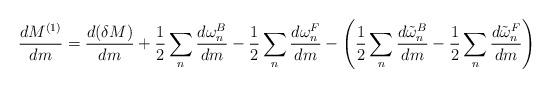
LaTeX: \begin{align*}{dM^{(1)}\over dm} = {d(\delta M)\over dm} + {1\over2}\sum_n {d\omega^B_n \over dm}- {1\over2}\sum_n{d\omega^F_n\over dm} - \left({1\over2}\sum_n {d\tilde\omega^B_n\over dm} - {1\over2}\sum_n{d\tilde\omega^F_n\over dm} \right)\end{align*}